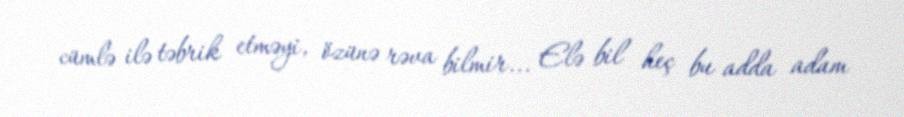
cümlə ilə təbrik etməyi, özünə rəva bilmir... Elə bil heç bu adda adam